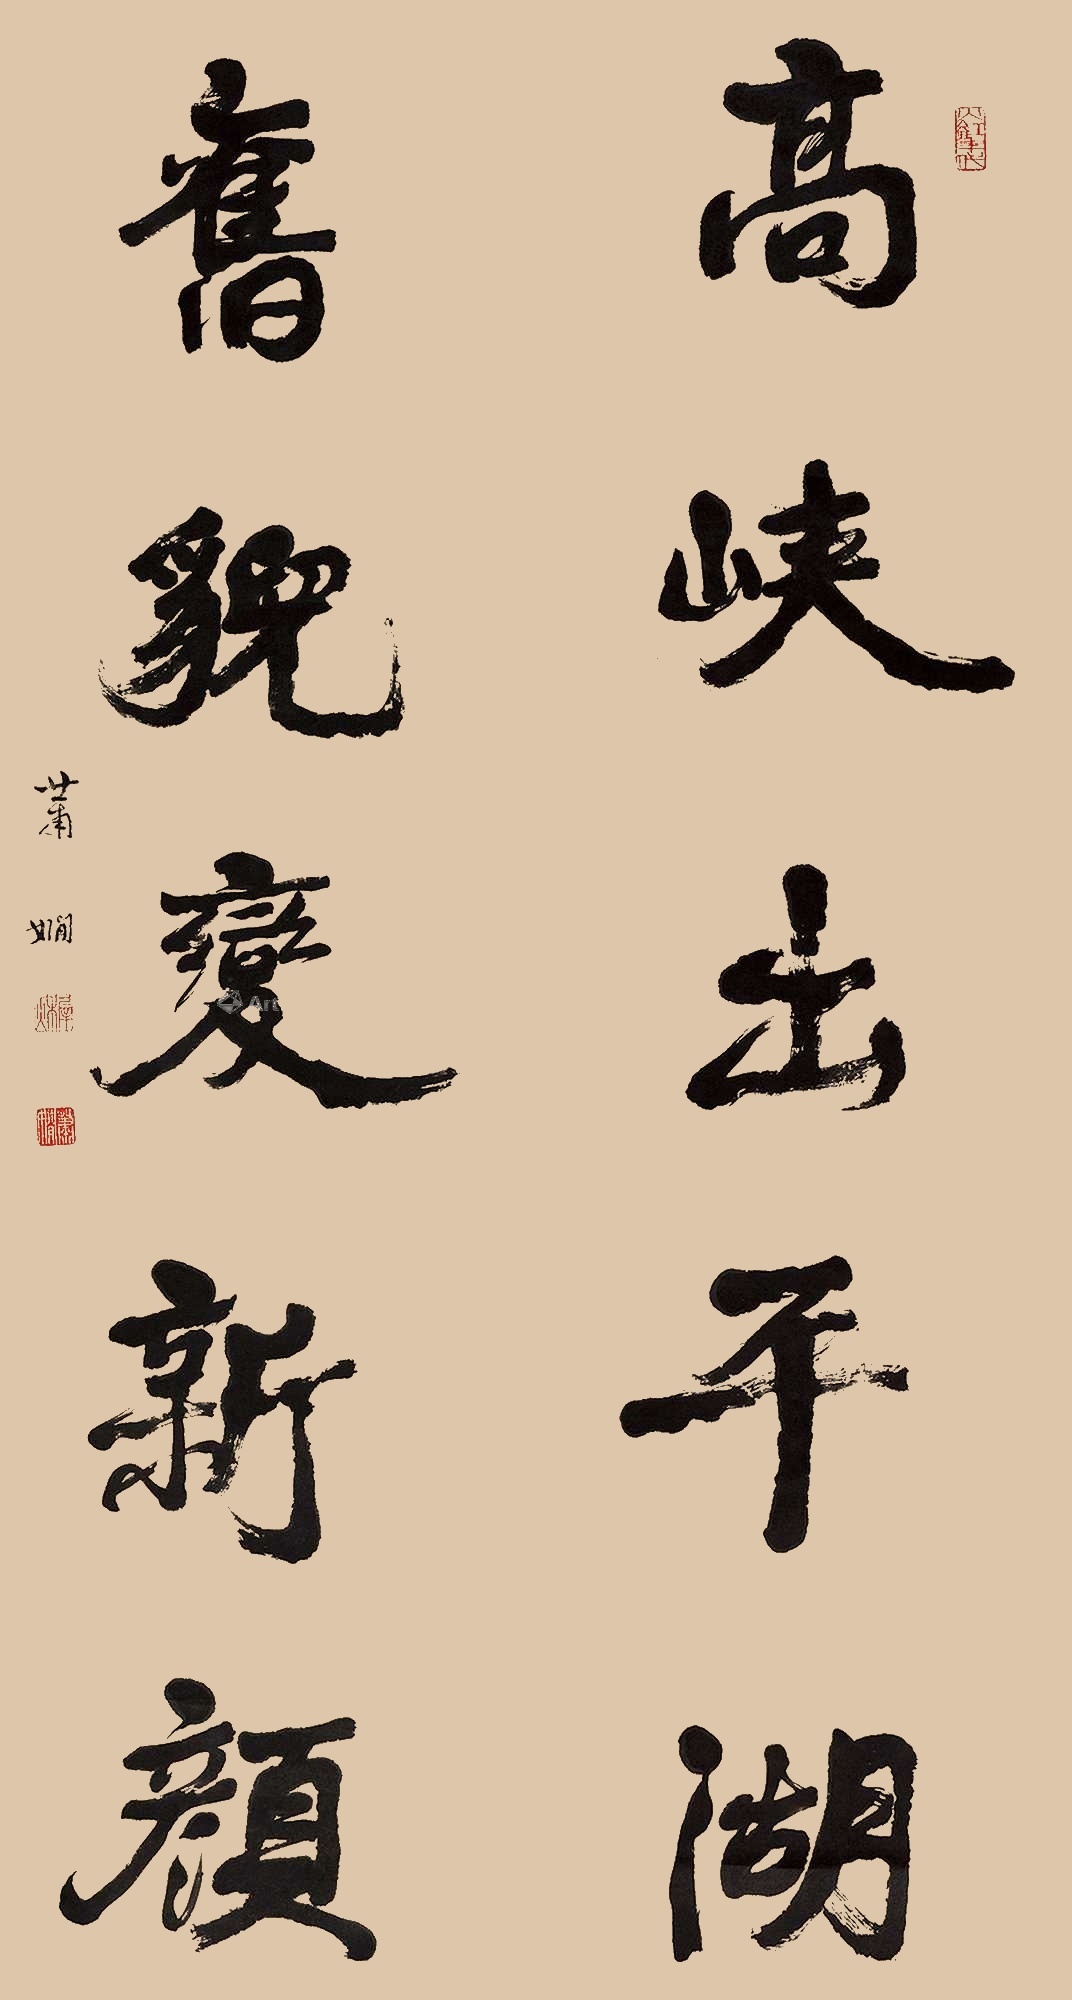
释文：髙峡出平湖，旧貌变新颜。萧娴。